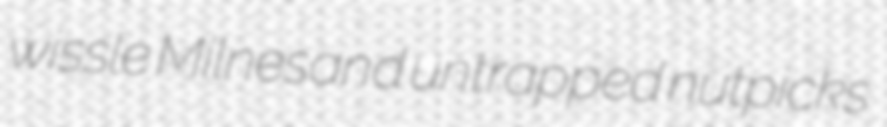
wissle Milnesand untrapped nutpicks